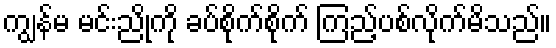
ကျွန်မ မင်းညိုကို ခပ်စိုက်စိုက် ကြည့်ပစ်လိုက်မိသည်။